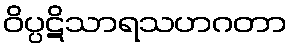
ဝိပ္ပဋိသာရသဟဂတာ